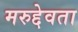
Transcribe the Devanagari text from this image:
मरुद्देवता